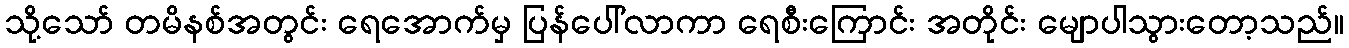
သို့သော် တမိနစ်အတွင်း ရေအောက်မှ ပြန်ပေါ်လာကာ ရေစီးကြောင်း အတိုင်း မျောပါသွားတော့သည်။